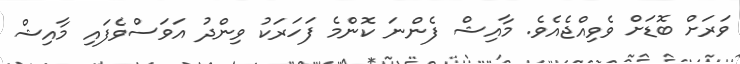
ވަރަށް ބޮޑަށް ވެވިއްޖެއެވެ. މާއިޝް ފެންނަ ކޮންމެ ފަހަރަކު ވިންދު އަވަސްވެފައި މާއިޝް